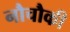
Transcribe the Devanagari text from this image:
नौचौकी